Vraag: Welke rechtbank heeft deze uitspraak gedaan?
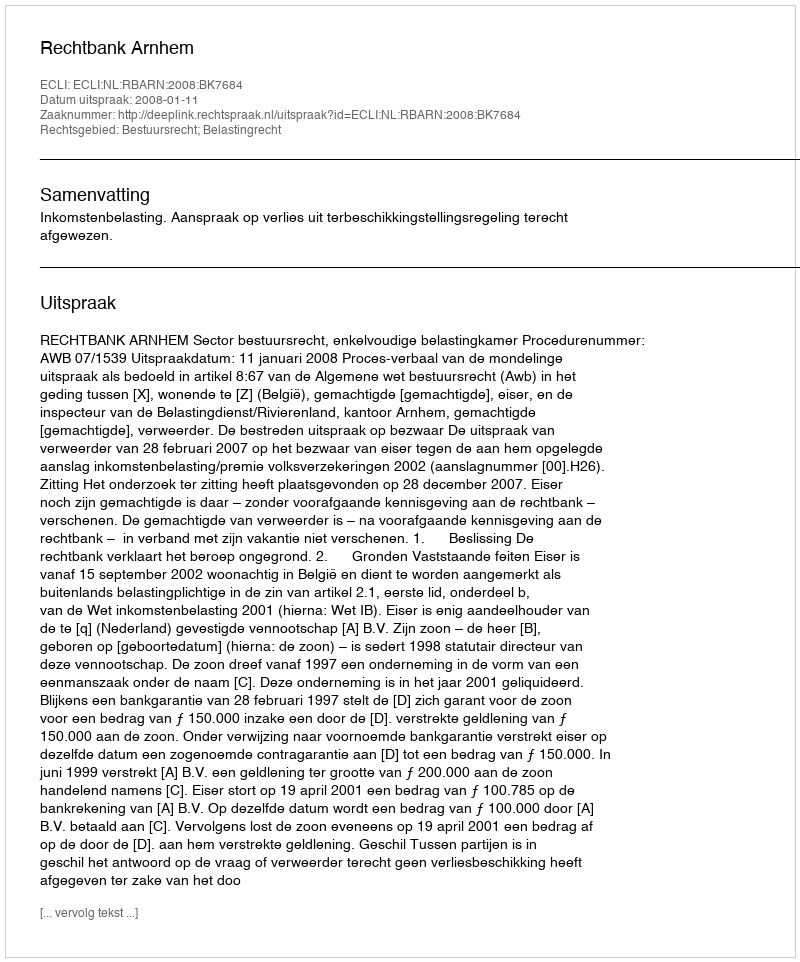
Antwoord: Rechtbank Arnhem